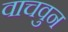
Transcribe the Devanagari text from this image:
वाचवुन